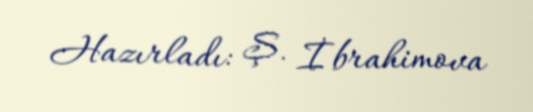
Hazırladı: Ş. İbrahimova